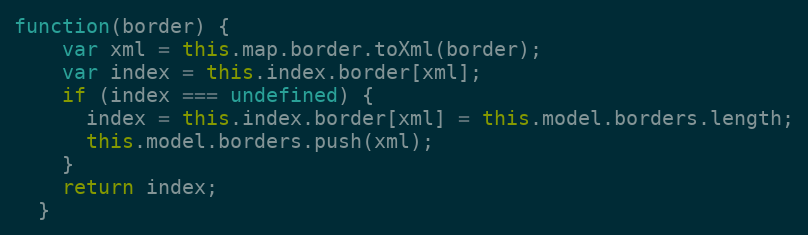
Language: JavaScript
function(border) {
    var xml = this.map.border.toXml(border);
    var index = this.index.border[xml];
    if (index === undefined) {
      index = this.index.border[xml] = this.model.borders.length;
      this.model.borders.push(xml);
    }
    return index;
  }